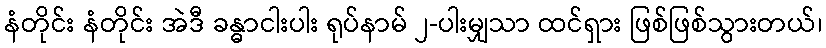
နံတိုင်း နံတိုင်း အဲဒီ ခန္ဓာငါးပါး ရုပ်နာမ် ၂-ပါးမျှသာ ထင်ရှား ဖြစ်ဖြစ်သွားတယ်၊